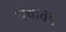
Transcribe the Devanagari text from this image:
ग्रंथातच